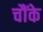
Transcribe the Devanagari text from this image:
चौंके